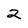
Character: 2